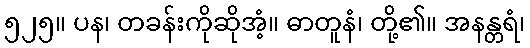
၅၂၅။ ပန၊ တခန်းကိုဆိုအံ့။ ဓာတူနံ၊ တို့၏။ အနန္တရံ၊